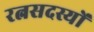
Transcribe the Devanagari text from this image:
रत्नसदस्यों